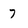
Character: 7